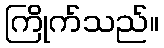
ကြိုက်သည်။